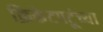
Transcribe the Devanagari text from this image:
क्रिकेटपटूंच्या